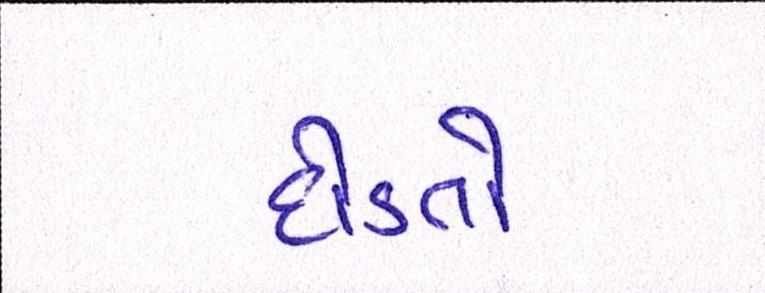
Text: દોડતો